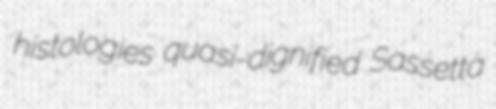
histologies quasi-dignified Sassetta